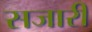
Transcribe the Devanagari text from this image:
सजारी